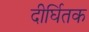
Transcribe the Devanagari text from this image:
दीर्घितक